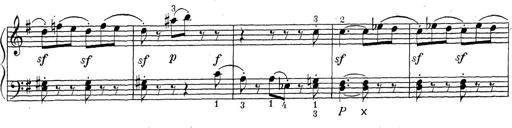
Title: ÄŒeskÃ© Sonatiny
Composer: Various